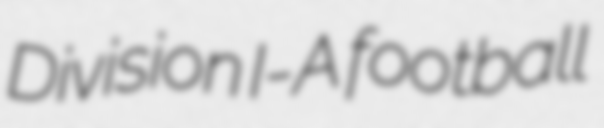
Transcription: Division I-A football